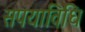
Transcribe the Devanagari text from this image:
सपयाविधि